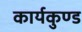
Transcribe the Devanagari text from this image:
कार्यकुण्ड